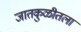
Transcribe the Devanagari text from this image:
जातकुळीतला